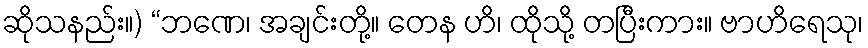
ဆိုသနည်း။) “ဘဏေ၊ အချင်းတို့။ တေန ဟိ၊ ထိုသို့ တပြီးကား။ ဗာဟိရေသု၊